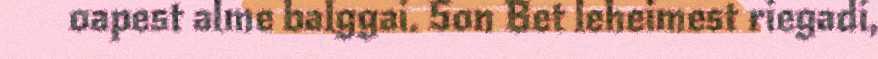
oapest alme balggai. Son Bet leheimest riegadi,